Report on horse surra - Volume I
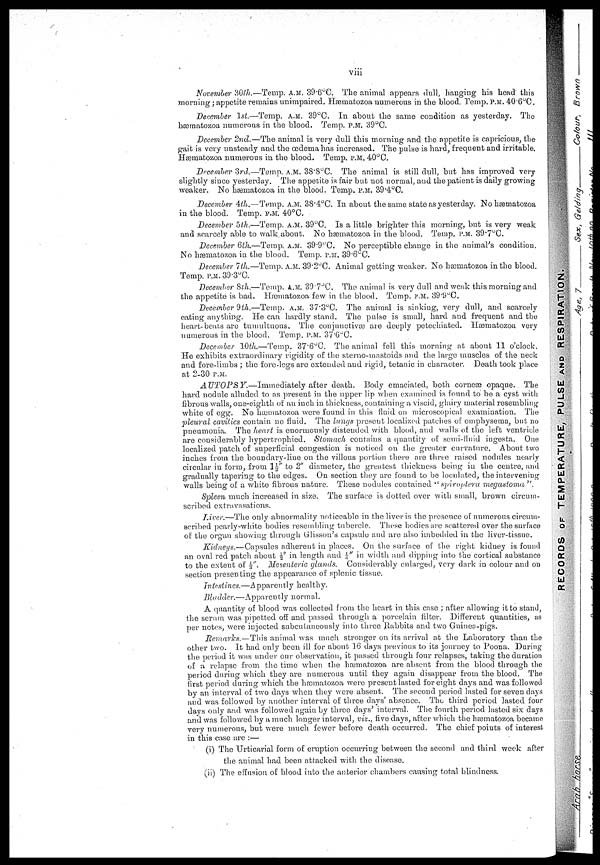
viii
November 30th.—Temp. A.M. 39.6°C. The animal appears dull, hanging his head this
morning ; appetite remains unimpaired. Hæmatozoa numerous in the blood. Temp. P.M. 40.6°C.
December 1st.—Temp. A.M. 39°C. In about the same condition as yesterday. The
hæmatozoa numerous in the blood. Temp. P.M. 39°C.
December 2nd.—The animal is very dull this morning and the appetite is capricious, the
gait is very unsteady and the œdema has increased. The pulse is hard, frequent and irritable.
Hæmatozoa numerous in the blood. Temp. P.M. 40°C.
December 3rd.—Temp. A.M. 38.8°C. The animal is still dull, but has improved very
slightly since yesterday. The appetite is fair but not normal, and the patient is daily growing
weaker. No hæmatozoa in the blood. Temp. P.M. 39.4°C.
December 4th.—Temp. A.M. 38.4°C. In about the same state as yesterday. No hæmatozoa
in the blood. Temp. P.M. 40°C.
December 5th.—Temp. A.M. 39°C. Is a little brighter this morning, but is very weak
and scarcely able to walk,about. No hæmatozoa in the blood. Temp. P.M. 39.7°C.
December 6th.—Temp. A.M. 39.9°C. No perceptible change in the animal's condition.
No hæmatozoa in the blood. Temp. P.M. 39.6°C.
December 7th.—Temp. A.M. 39.2°C. Animal getting weaker. No hæmatozoa in the blood.
Temp.P.M.39.3°C.
December 8th.—Temp. A.M. 39.7°C. The animal is very dull and weak this morning and
the appetite is bad. Hæmatozoa. few in the blood. Temp. P.M. 39.9°C.
December 9th.—Temp. A.M. 37.3°C. The animal is sinking, very dull, and scarcely
eating anything. He can hardly stand. The pulse is small, hard and frequent and the
heart beats are tumultuous,. The conjunctivæ are deeply petechiated. Hæmatozoa very
numerous in the blood. Temp, P.M. 37.6°C.
December 10th.—Temp. 37.6°C. The animal fell this morning at about 11 o'clock.
He exhibits extraordinary rigidity of the sterno-mastoids and the large muscles of the neck
and fore-limbs ; the fore-legs are extended and rigid, tetanic in character. Death took place
at 2-30 P.M.
AUTOPSY.—Immediately
after death. Body emaciated, both corneæ. opaque. The
hard nodule alluded to as present in the upper lip when examined is found to be a cyst with
fibrous walls, one-eighth of an inch in thickness, containing a viscid, glairy material resembling
white of egg. No hæmatozoa were found in this fluid on microscopical examination. The
pleural cavities contain no fluid. The lungs present localized patches of emphysema, but no
pneumonia. The heart is enormously distended with blood, and walls of the left ventricle
are considerably hypertrophied. Stomach contains a quantity of semi-fluid ingesta. One
localized patch of superficial congestion is noticed on the greater curvature. About two
inches from the boundary-line on the villous portion there are three raised nodules nearly
circular in form, from 1½" to 2" diameter, the greatest thickness being in the centre, and
gradually tapering to the edges. On section they are found to be loculated, the intervening
walls being of a white fibrous nature. These nodules contained " spiroptera
megastoma".
Spleen much increased in size. The surface is dotted over with small, brown circum
scribed extravasations.
Liver.—The only abnormality noticeable in the liver is the presence of numerous circum
scribed pearly-white bodies resembling tubercle. These bodies are scattered over the surface
oil the organ showing through Glisson's capsule and are also imbedded in the liver-tissue.
Kidneys.—Capsules adherent in places. On the surface of the right kidney is found
an oval red patch about ½" in length and ¼" in width and clipping into the cortical substance
to the extent of ⅓". Mesenteric glands. Considerably enlarged, very dark in colour and on
section presenting the appearance of splenic tissue.
Intestines.—Apparently healthy.
Bladder.—Apparently normal.
A quantity of blood was collected from the heart in this case ; after allowing it to stand,
the serum was pipetted off and passed through a porcelain filter. Different quantities, as
per notes, were injected subcutaneously into three Rabbits and two Guinea-pigs.
Remarks.—This animal was much stronger on its arrival at the Laboratory than the
other two. It had only been ill for about 16 days previous to its journey to Poona. During
the period it was under our observation, it passed through four relapses, taking the duration
of a relapse from the time when the hæmatozoa are absent from the blood through the
period during which they are numerous until they again disappear from the blood. The
first period during which the hæmatozoa were present lasted for eight days and was followed
by an interval of two days when they were absent. The second period lasted for seven days
and was followed by another interval of three days' absence. The third period lasted four
days only and was followed again by three days' interval. The fourth, period lasted six days
and was followed by a much longer interval, viz., five days, after which the hæmatozoa became
very numerous, but were much fewer before death occurred. The chief points of interest
in this case are :—
(i) The Urticarial form of eruption occurring between the second and third week after
the animal had been attacked with the disease.
(ii) The effusion of blood into the anterior chambers causing total blindness.